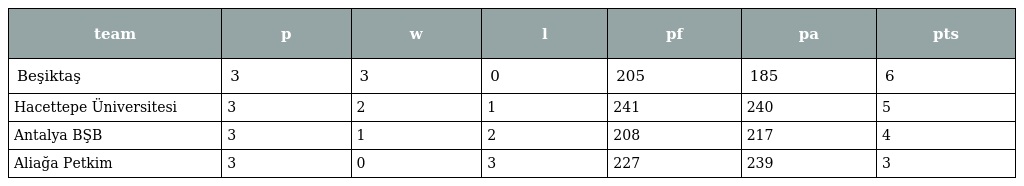
| team | p | w | l | pf | pa | pts |
 | --- | --- | --- | --- | --- | --- | --- |
 | Beşiktaş | 3 | 3 | 0 | 205 | 185 | 6 |
 | Hacettepe Üniversitesi | 3 | 2 | 1 | 241 | 240 | 5 |
 | Antalya BŞB | 3 | 1 | 2 | 208 | 217 | 4 |
 | Aliağa Petkim | 3 | 0 | 3 | 227 | 239 | 3 |